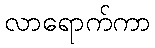
လာရောက်ကာ